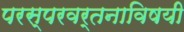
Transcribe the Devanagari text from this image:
परस्परवर्तनाविषयी